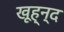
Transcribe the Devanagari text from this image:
खूह्न्द